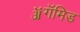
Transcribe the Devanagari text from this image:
ॲगॅमिड